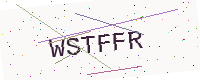
Text: WSTFFR